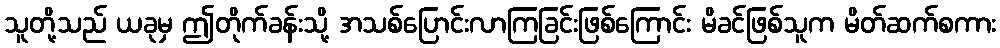
သူတို့သည် ယခုမှ ဤတိုက်ခန်းသို့ အသစ်ပြောင်းလာကြခြင်းဖြစ်ကြောင်း မိခင်ဖြစ်သူက မိတ်ဆက်စကား